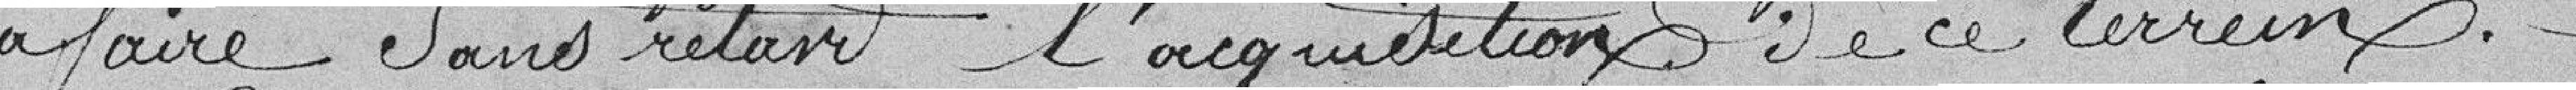
à faire sans retard, l'acquisition de ce terrain.